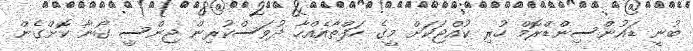
ބުނީ ޑައުންސިންޑްރޮމް ހުރި ކުއްޖަކަށް މީގެ ހަފްތާއެއްހާ ދުވަސްކުރިން ޖިންސީ ގޯނާ ކޮށްގެން